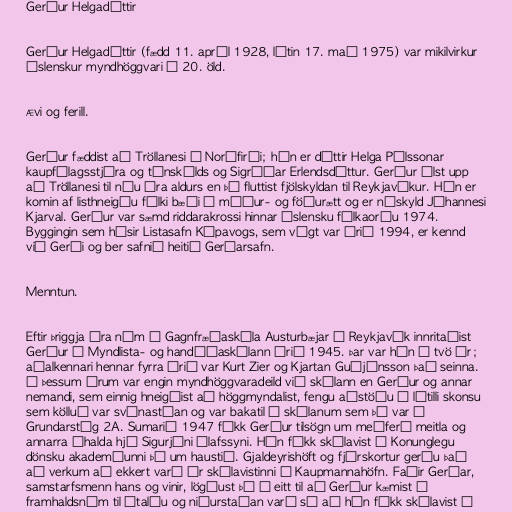
Gerður Helgadóttir

Gerður Helgadóttir (fædd 11. apríl 1928, látin 17. maí 1975) var mikilvirkur
íslenskur myndhöggvari á 20. öld.

Ævi og ferill.

Gerður fæddist að Tröllanesi í Norðfirði; hún er dóttir Helga Pálssonar
kaupfélagsstjóra og tónskálds og Sigríðar Erlendsdóttur. Gerður ólst upp
að Tröllanesi til níu ára aldurs en þá fluttist fjölskyldan til Reykjavíkur. Hún er
komin af listhneigðu fólki bæði í móður- og föðurætt og er náskyld Jóhannesi
Kjarval. Gerður var sæmd riddarakrossi hinnar íslensku fálkaorðu 1974.
Byggingin sem hýsir Listasafn Kópavogs, sem vígt var árið 1994, er kennd
við Gerði og ber safnið heitið Gerðarsafn.

Menntun.

Eftir þriggja ára nám í Gagnfræðaskóla Austurbæjar í Reykjavík innritaðist
Gerður í Myndlista- og handíðaskólann árið 1945. Þar var hún í tvö ár;
aðalkennari hennar fyrra árið var Kurt Zier og Kjartan Guðjónsson það seinna.
Á þessum árum var engin myndhöggvaradeild við skólann en Gerður og annar
nemandi, sem einnig hneigðist að höggmyndalist, fengu aðstöðu í lítilli skonsu
sem kölluð var svínastían og var bakatil í skólanum sem þá var á
Grundarstíg 2A. Sumarið 1947 fékk Gerður tilsögn um meðferð meitla og
annarra áhalda hjá Sigurjóni Ólafssyni. Hún fékk skólavist í Konunglegu
dönsku akademíunni þá um haustið. Gjaldeyrishöft og fjárskortur gerðu það
að verkum að ekkert varð úr skólavistinni í Kaupmannahöfn. Faðir Gerðar,
samstarfsmenn hans og vinir, lögðust þá á eitt til að Gerður kæmist í
framhaldsnám til Ítalíu og niðurstaðan varð sú að hún fékk skólavist í